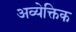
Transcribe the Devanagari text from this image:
अव्येक्तिक